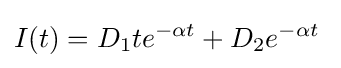
I(t)=D_{1}te^{-\alpha t}+D_{2}e^{-\alpha t}\;